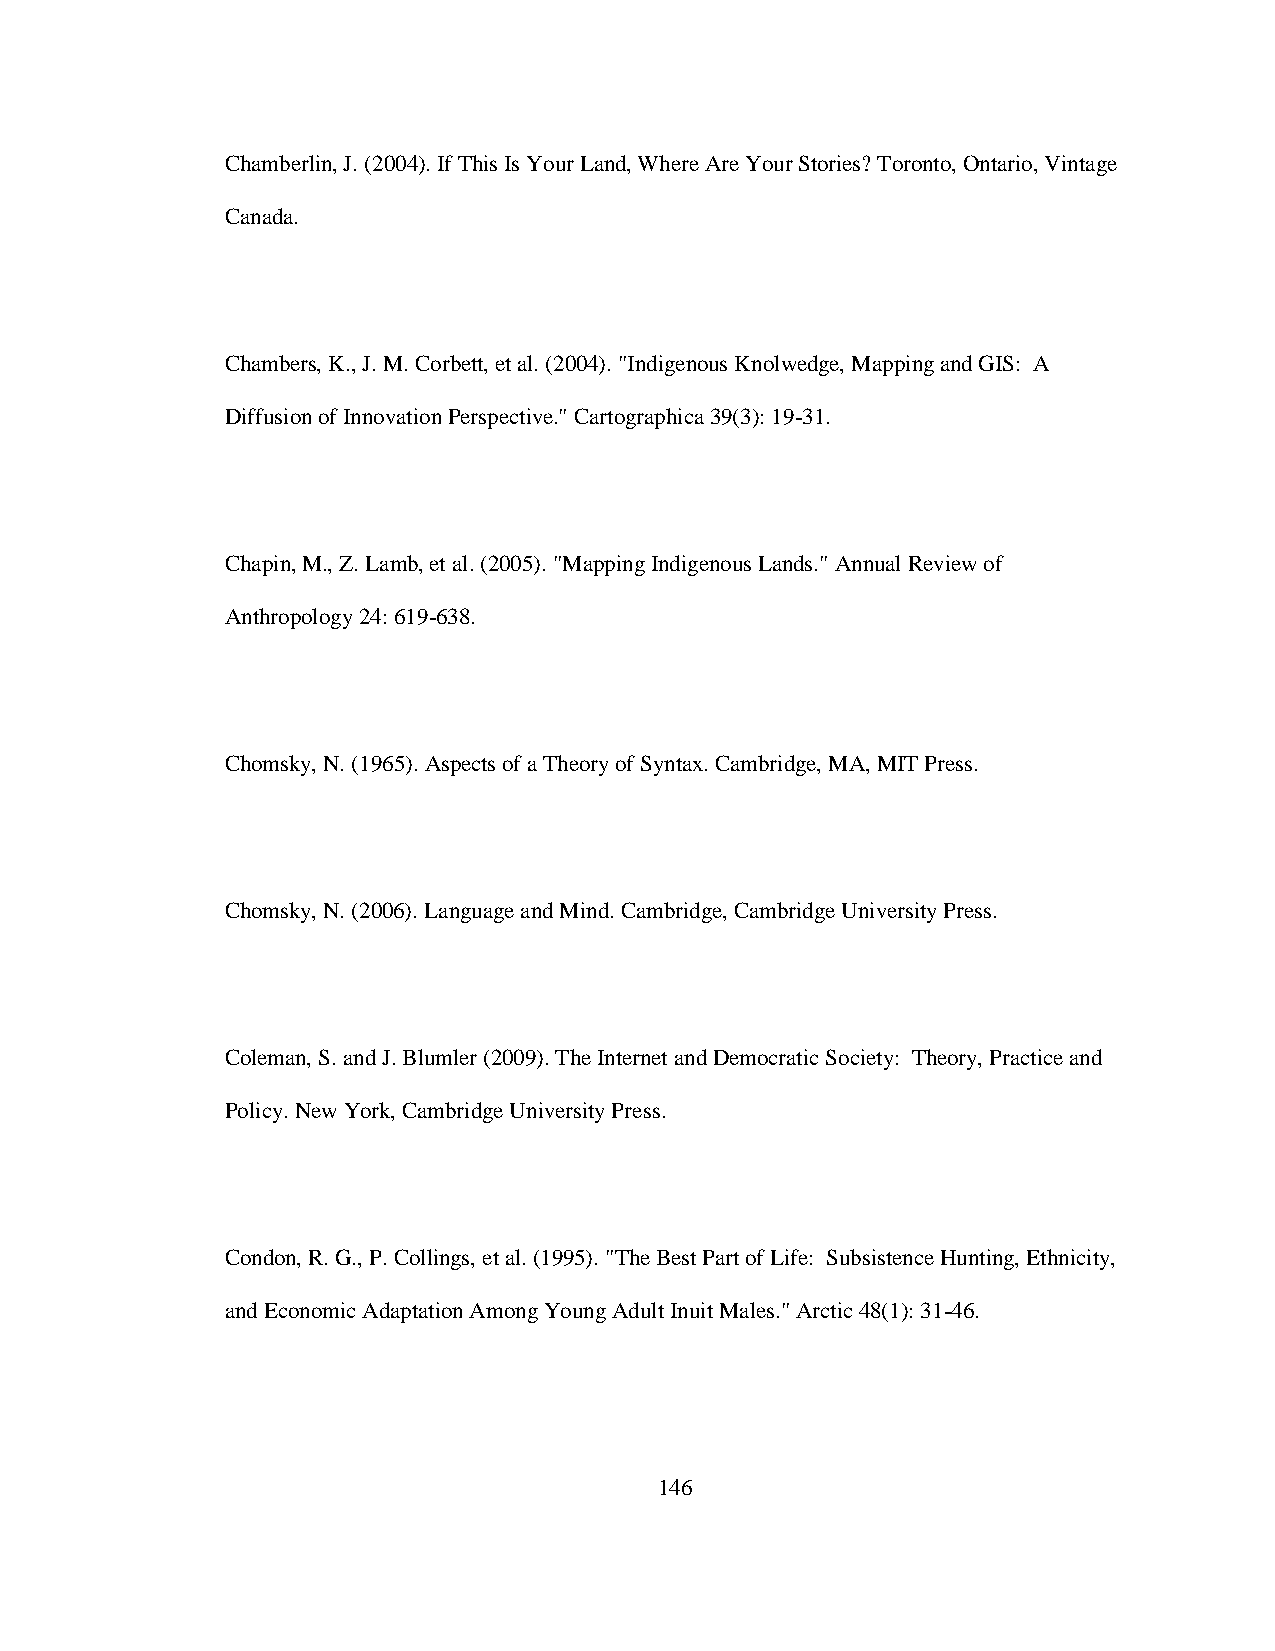
Chamberlin, J. (2004). If This Is Your Land, Where Are Your Stories? Toronto, Ontario, Vintage
 Canada.
 Chambers, K., J. M. Corbett, et al. (2004). "Indigenous Knolwedge, Mapping and GIS: A
 Diffusion of Innovation Perspective." Cartographica 39(3): 19-31.
 Chapin, M., Z. Lamb, et al. (2005). "Mapping Indigenous Lands." Annual Review of
 Anthropology 24: 619-638.
 Chomsky, N. (1965). Aspects of a Theory of Syntax. Cambridge, MA, MIT Press.
 Chomsky, N. (2006). Language and Mind. Cambridge, Cambridge University Press.
 Coleman, S. and J. Blumler (2009). The Internet and Democratic Society: Theory, Practice and
 Policy. New York, Cambridge University Press.
 Condon, R. G., P. Collings, et al. (1995). "The Best Part of Life: Subsistence Hunting, Ethnicity,
 and Economic Adaptation Among Young Adult Inuit Males." Arctic 48(1): 31-46.
 146